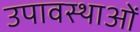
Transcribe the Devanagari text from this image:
उपावस्थाओं